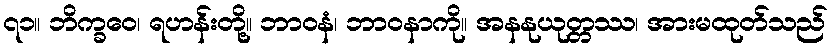
၇၁။ ဘိက္ခဝေ၊ ရဟန်းတို့။ ဘာဝနံ၊ ဘာဝနာကို။ အနနုယုတ္တဿ၊ အားမထုတ်သည်